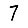
Digit: 7